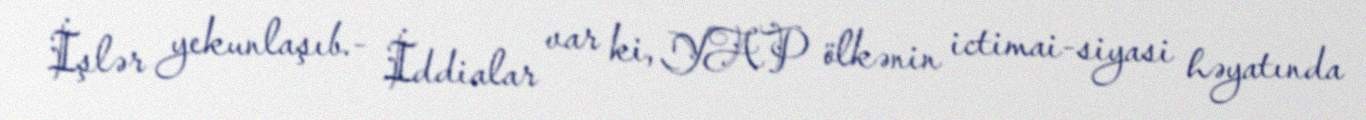
İşlər yekunlaşıb.- İddialar var ki, YAP ölkənin ictimai-siyasi həyatında